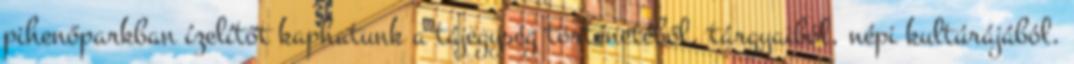
pihenőparkban ízelítőt kaphatunk a tájegység történetéből, tárgyaiból, népi kultúrájából.